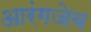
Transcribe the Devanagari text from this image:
आरंगजेब